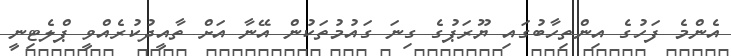
އެންމެ ފަހުގެ އިންތިހާބުގައި ޔޫރަޕުގެ ގިނަ ގައުމުތަކުން އޭނާ އަށް ތާއީދުކުރެއްވީ ޕްލެޓިނީ